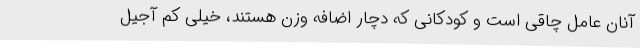
آنان عامل چاقی است و کودکانی که دچار اضافه وزن هستند، خیلی کم آجیل